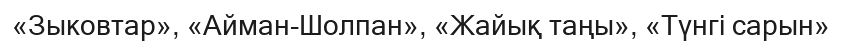
«Зыковтар», «Айман-Шолпан», «Жайық таңы», «Түнгі сарын»